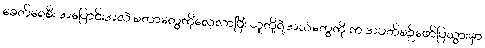
ခေတ်ရေစီး အပြောင်းအလဲ စတာတွေကိုလေ့လာပြီး သူတို့ရဲ့အသံတွေကို က အပတ်စဉ်ဖော်ပြသွားမှာ